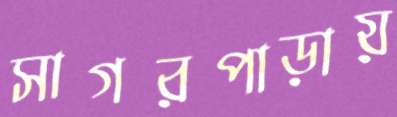
সাগরপাড়ায়